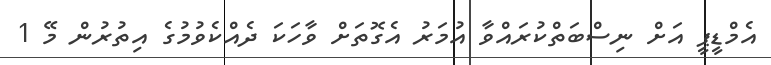
އެމްޑީޕީ އަށް ނިސްބަތްކުރައްވާ އުމަރު އެގޮތަށް ވާހަކަ ދެއްކެވުމުގެ އިތުރުން މޭ 1